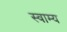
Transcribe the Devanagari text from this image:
स्वाम्य